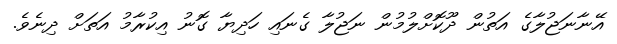
އޭނާނަޖުލާގެ އަތުން ދޫކޮށްލުމުން ނަޖުލާ ގެނައި ހަދިޔާ ގޮނު އިކުރާމު އަތަށް ދިނެވެ.